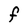
Character: F